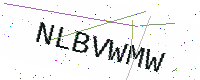
Text: NLBVWMW